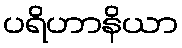
ပရိဟာနိယာ